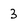
Character: 3